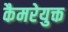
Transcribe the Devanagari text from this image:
कैमरेयुक्त